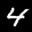
Label: 4